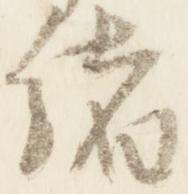
緒